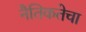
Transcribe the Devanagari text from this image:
नैतिकतेचा